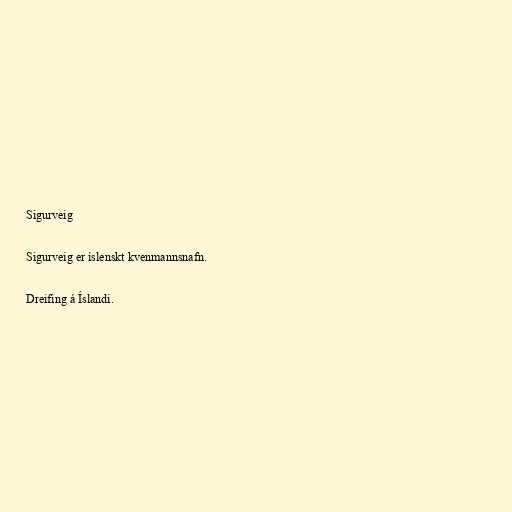
Sigurveig

Sigurveig er íslenskt kvenmannsnafn.

Dreifing á Íslandi.